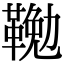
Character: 𩋭